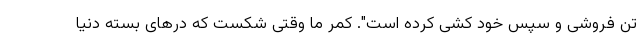
تن فروشی و سپس خود کشی کرده است". کمر ما وقتی شکست که درهای بسته دنیا